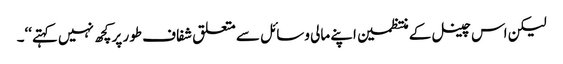
لیکن اس چینل کے منتظمین اپنے مالی وسائل سے متعلق شفاف طور پر کچھ نہیں کہتے‘‘۔